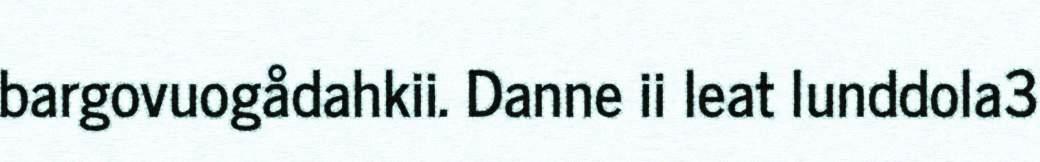
bargovuogådahkii. Danne ii leat lunddola3